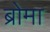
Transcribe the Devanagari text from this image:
ब्रोमा